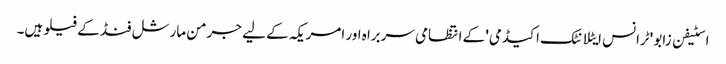
اسٹیفن زابو 'ٹرانس ایٹلانٹک اکیڈمی' کے انتظامی سربراہ اور امریکہ کے لیے جرمن مارشل فنڈ کے فیلو ہیں۔